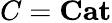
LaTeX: C=\mathbf{Cat}